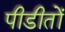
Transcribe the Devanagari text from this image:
पीडीतों